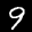
Label: 9